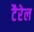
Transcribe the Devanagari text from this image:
टैरेल